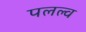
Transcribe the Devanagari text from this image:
पलल्व